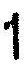
1